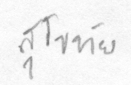
สุโขทัย